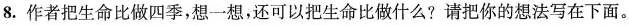
8.作者把生命比做四季，想一想，还可以把生命比做什么?请把你的想法写在下面。